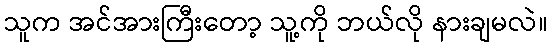
သူက အင်အားကြီးတော့ သူ့ကို ဘယ်လို နားချမလဲ။